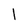
Character: I